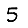
Digit: 5